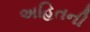
અહિતની